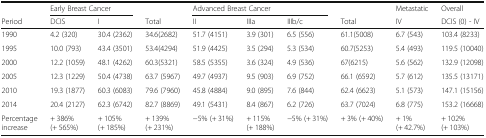
|  | <COLSPAN=2> Early Breast Cancer |  | <COLSPAN=3> Advanced Breast Cancer |  | Metastatic | Overall |
 | Period | DCIS | I | Total | II | IIIa | IIIb/c | Total | IV | DCIS (0) - IV |
 | --- | --- | --- | --- | --- | --- | --- | --- | --- | --- |
 | 1990 | 4.2 (320) | 30.4 (2362) | 34.6(2682) | 51.7 (4151) | 3.9 (301) | 6.5 (556) | 61.1(5008) | 6.7 (543) | 103.4 (8233) |
 | 1995 | 10.0 (793) | 43.4 (3501) | 53.4(4294) | 51.9 (4425) | 3.5 (294) | 5.3 (534) | 60.7(5253) | 5.4 (493) | 119.5 (10040) |
 | 2000 | 12.2 (1059) | 48.1 (4262) | 60.3(5321) | 58.5 (5355) | 3.6 (324) | 4.9 (536) | 67(6215) | 5.6 (562) | 132.9 (12098) |
 | 2005 | 12.3 (1229) | 50.4 (4738) | 63.7 (5967) | 49.7 (4937) | 9.5 (903) | 6.9 (752) | 66.1 (6592) | 5.7 (612) | 135.5 (13171) |
 | 2010 | 19.3 (1877) | 60.3 (6083) | 79.6 (7960) | 45.8 (4884) | 9.0 (895) | 7.6 (844) | 62.4 (6623) | 5.1 (573) | 147.1 (15156) |
 | 2014 | 20.4 (2127) | 62.3 (6742) | 82.7 (8869) | 49.1 (5431) | 8.4 (867) | 6.2 (726) | 63.7 (7024) | 6.8 (775) | 153.2 (16668) |
 | Percentage increase | + 386% (+ 565%) | + 105% (+ 185%) | + 139% (+ 231%) | −5% (+ 31%) | + 115% (+ 188%) | −5% (+ 31%) | + 3% (+ 40%) | + 1% (+ 42.7%) | + 102% (+ 103%) |